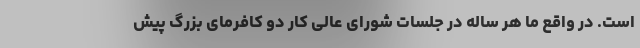
است. در واقع ما هر ساله در جلسات شورای عالی کار دو کافرمای بزرگ پیش